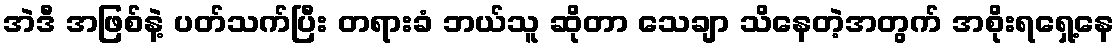
အဲဒီ အဖြစ်နဲ့ ပတ်သက်ပြီး တရားခံ ဘယ်သူ ဆိုတာ သေချာ သိနေတဲ့အတွက် အစိုးရရှေ့နေ